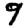
Digit: 9